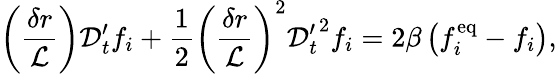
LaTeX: \left(\frac{\delta r}{\mathcal{L}}\right)\mathcal{D}_{t}^{\prime}f_{i}+\frac{1}{2}{\left(\frac{\delta r}{\mathcal{L}}\right)}^{2}{\mathcal{D}_{t}^{\prime}}^{2}f_{i}=2\beta\left(f_{i}^{\mathrm{eq}}-f_{i}\right),